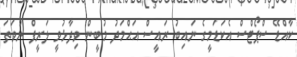
ކާއްޑޭ ސްޕޯޓްސް އެކަޑަމީގެ ނައިބު ރައީސް އަޙްމަދު މުބީން ވިދާޅުވީ ލަރީފް ނުވަތަ